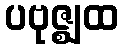
ပဗုဇ္ဈထ